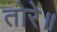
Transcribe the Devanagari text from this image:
तोरे॥